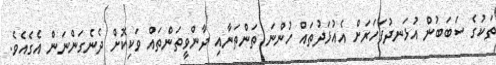
ތަކުގެ ސަބަބުން އުޅަނދުފަހަރަށް އެއުޅަދުތައް ހުންނަ ތަންތަނާއި ދާންވީތަންތައް ވަކިކޮށް ދެނެގަންނަން އެގެއެވެ.